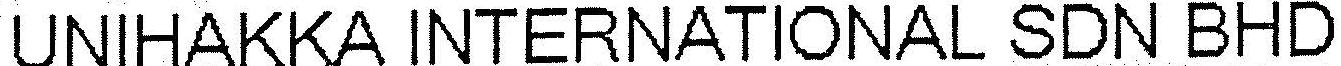
UNIHAKKA INTERNATIONAL SDN BHD